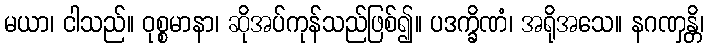
မယာ၊ ငါသည်။ ဝုစ္စမာနာ၊ ဆိုအပ်ကုန်သည်ဖြစ်၍။ ပဒက္ခိဏံ၊ အရိုအသေ။ နဂဏှန္တိ၊